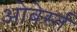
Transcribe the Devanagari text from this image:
ओबेर्स्त